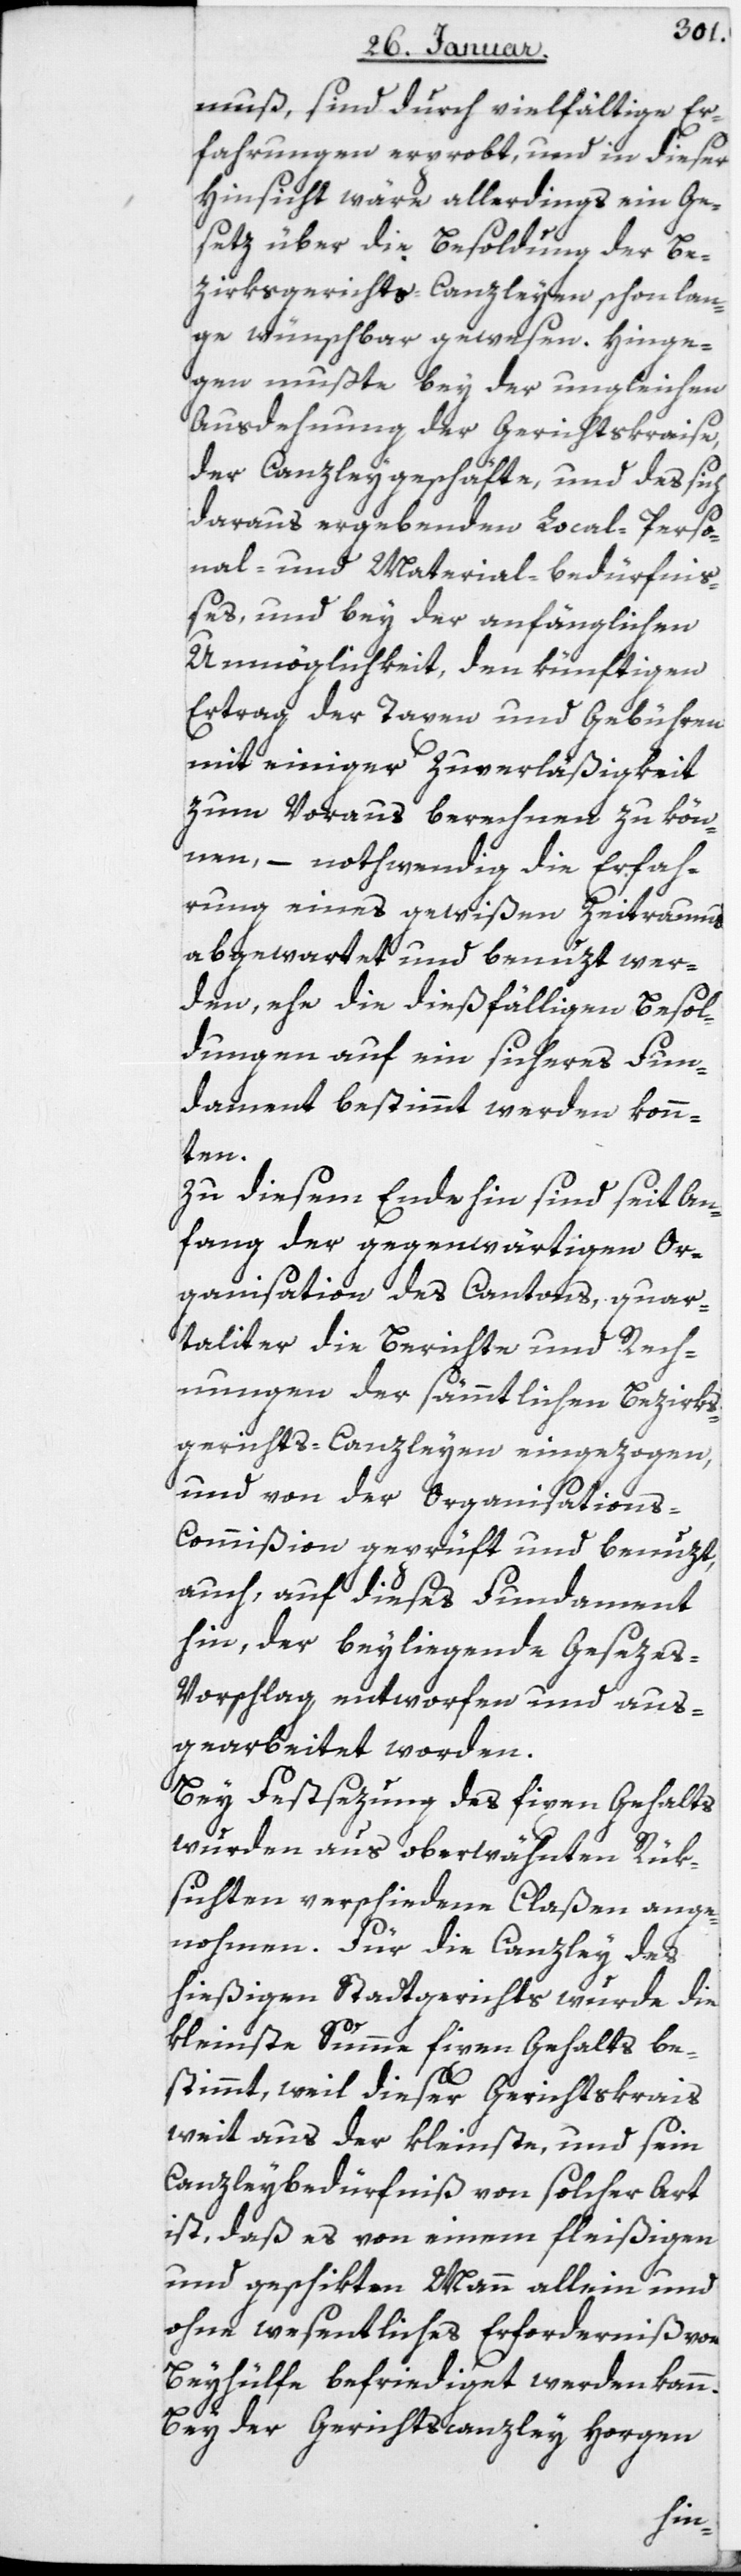
muß, sind durch vielfältige Er¬
fahrungen erprobt, und in dieser
Hinsicht wäre allerdings ein Ge¬
setz über die Besoldung der Be¬
zirksgerichts-Canzleyen schon lan¬
ge wünschbar gewesen. Hinge¬
gen mußte bey der ungleichen
Ausdehnung der Gerichtskraise,
der Canzleygeschäfte und des sich
daraus ergebenden Local-, Perso¬
nal- und Material-bedürfni¬
ßes und bey der anfänglichen
Unmöglichkeit, den künftigen
Ertrag der Taxen und Gebühren
mit einiger Zuverläßigkeit
zum Voraus berechnen zu kön¬
nen, – nothwendig die Erfah¬
rung eines gewißen Zeitraums
abgewartet und benuzt wer¬
den, ehe die dießfälligen Besol¬
dungen auf ein sicheres Fun¬
dament bestimmt werden könn¬
ten.
Zu diesem Ende hin sind seit An¬
fang der gegenwärtigen Or¬
ganisation des Cantons, quar¬
taliter die Berichte und Rech¬
nungen der sämmtlichen Bezirks¬
gerichts-Canzleyen eingezogen,
und von der Organisation¬
s-Commißion geprüft und benuzt,
auch, auf dieses Fundament
hin, der beyliegende Geseze¬
s-Vorschlag entworfen und aus¬
gearbeitet worden.
Bey Festsezung des fixen Gehalts
wurden aus oberwähnten Rük¬
sichten verschiedene Claßen ange¬
nohmen. Für die Canzley des
hießigen Stadtgerichts wurde die
kleinste Summe fixen Gehalts be¬
stimmt, weil dieser Gerichtskreis
weit aus der kleinste, und sein
Canzleybedürfniß von solcher Art
ist, daß es von einem fleißigen
und geschikten Mann allein und
ohne wesentliches Erforderniß von
Beyhülfe befriediget werden kann.
Bey der Gerichtscanzley Horgen